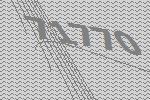
71770